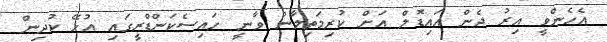
އެހެންވީ އިރު ދެން އައިޑޮލް އަށް ކުރިމަތިލާން ވާނީ ހައިސެކަންޑްރީގައި އުޅޭ ކުދިން